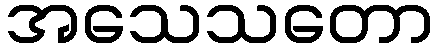
အသေသတော